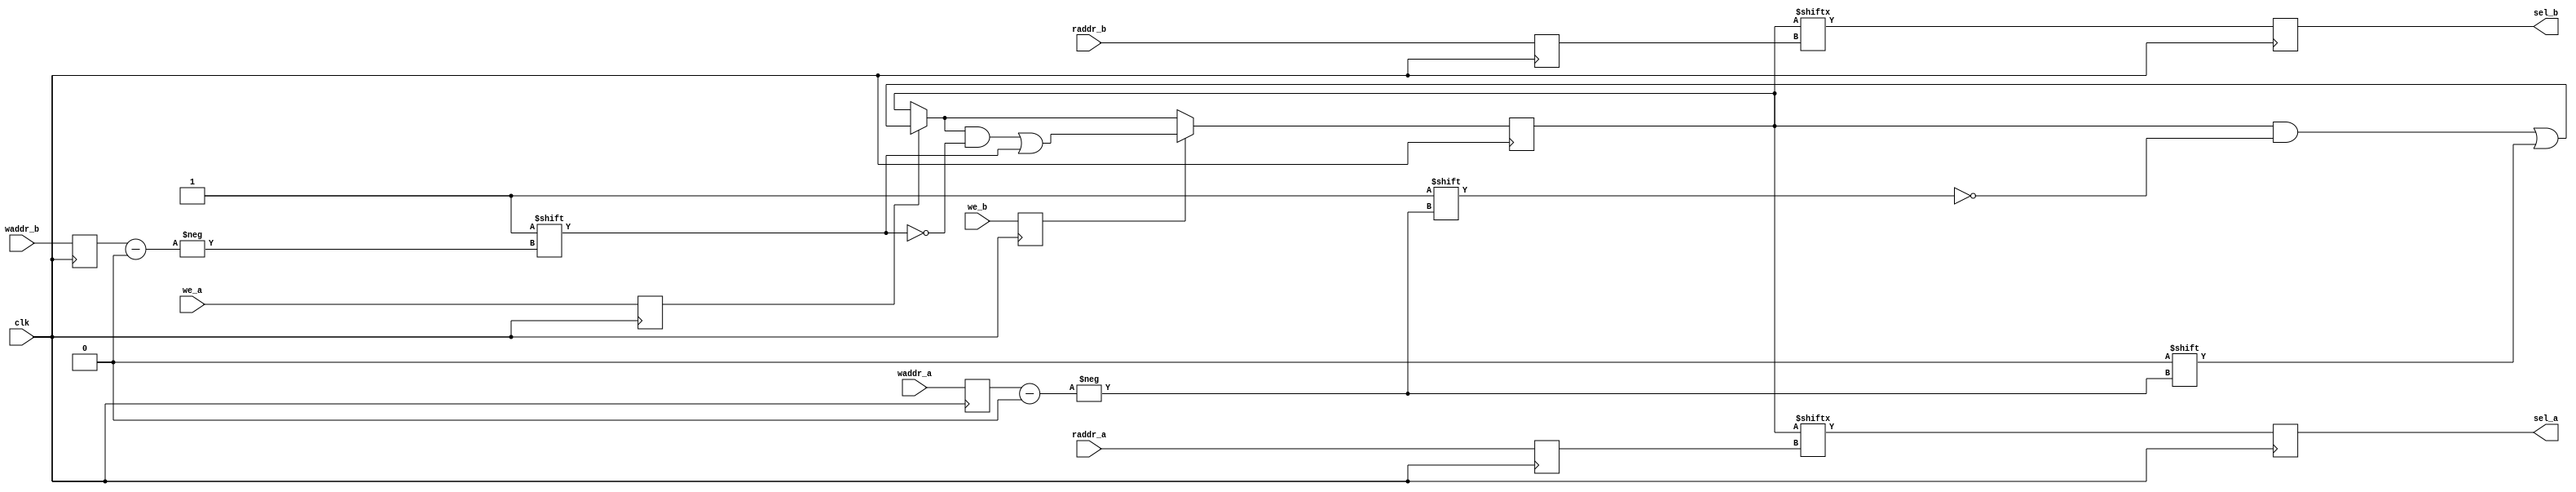
module flag_array (
	clk,
	waddr_a, waddr_b, 
	we_a, we_b, 
	raddr_a, raddr_b,
	sel_a, sel_b
);

parameter ADDR_WIDTH = 4;
parameter NUM_SLOTS = 1 << ADDR_WIDTH;

input clk;
input [ADDR_WIDTH-1:0] waddr_a,waddr_b,raddr_a,raddr_b;
input we_a,we_b;
output sel_a,sel_b;

reg [NUM_SLOTS-1:0] slots;

reg [ADDR_WIDTH-1:0] waddr_a_r,waddr_b_r,raddr_a_r,raddr_b_r;
reg we_a_r, we_b_r;

always @(posedge clk) begin
	waddr_a_r <= waddr_a;
	waddr_b_r <= waddr_b;
	raddr_a_r <= raddr_a;
	raddr_b_r <= raddr_b;
	we_a_r <= we_a;
	we_b_r <= we_b;
end

reg sel_a,sel_b;
always @(posedge clk) begin
	if (we_a_r) slots[waddr_a_r] <= 1'b0;
	if (we_b_r) slots[waddr_b_r] <= 1'b1;
	sel_a <= slots[raddr_a_r];
	sel_b <= slots[raddr_b_r];
end

endmodule